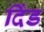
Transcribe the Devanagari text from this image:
दिंड